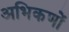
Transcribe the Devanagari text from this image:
अभिकणों